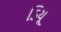
ડિયૂ